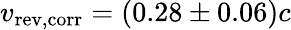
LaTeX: v_{\mathrm{rev,corr}}=(0.28\pm 0.06)c